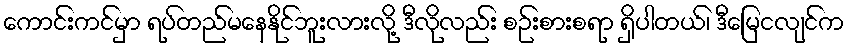
ကောင်းကင်မှာ ရပ်တည်မနေနိုင်ဘူးလားလို့ ဒီလိုလည်း စဉ်းစားစရာ ရှိပါတယ်၊ ဒီမြေငလျင်က